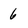
Character: 6